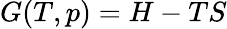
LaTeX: G(T,p)=H-TS